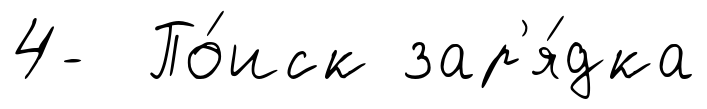
4- По́иск зар'я́дка